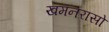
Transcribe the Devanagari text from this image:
खमनरासो